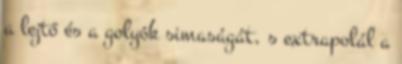
a lejtő és a golyók simaságát, s extrapolál a